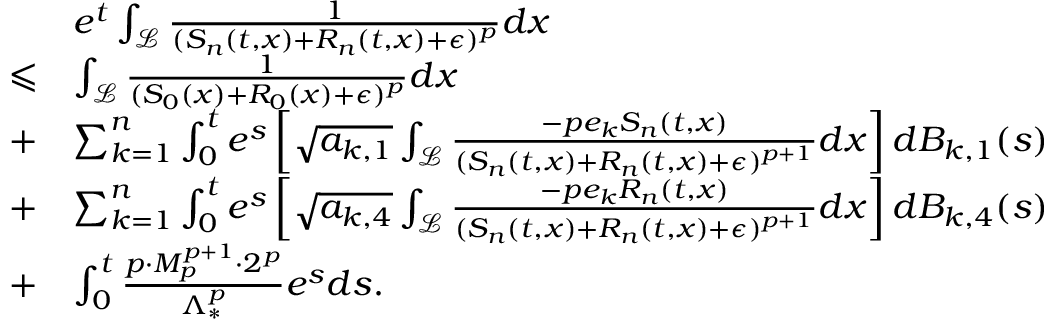
\begin{array} { r l } & { e ^ { t } \int _ { \mathcal { L } } \frac { 1 } { ( S _ { n } ( t , x ) + R _ { n } ( t , x ) + \epsilon ) ^ { p } } d x } \\ { \leqslant } & { \int _ { \mathcal { L } } \frac { 1 } { ( S _ { 0 } ( x ) + R _ { 0 } ( x ) + \epsilon ) ^ { p } } d x } \\ { + } & { \sum _ { k = 1 } ^ { n } \int _ { 0 } ^ { t } e ^ { s } \left[ \sqrt { a _ { k , 1 } } \int _ { \mathcal { L } } \frac { - p e _ { k } S _ { n } ( t , x ) } { ( S _ { n } ( t , x ) + R _ { n } ( t , x ) + \epsilon ) ^ { p + 1 } } d x \right] d B _ { k , 1 } ( s ) } \\ { + } & { \sum _ { k = 1 } ^ { n } \int _ { 0 } ^ { t } e ^ { s } \left[ \sqrt { a _ { k , 4 } } \int _ { \mathcal { L } } \frac { - p e _ { k } R _ { n } ( t , x ) } { ( S _ { n } ( t , x ) + R _ { n } ( t , x ) + \epsilon ) ^ { p + 1 } } d x \right] d B _ { k , 4 } ( s ) } \\ { + } & { \int _ { 0 } ^ { t } \frac { p \cdot M _ { p } ^ { p + 1 } \cdot 2 ^ { p } } { \Lambda _ { * } ^ { p } } e ^ { s } d s . } \end{array}